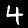
Label: 4